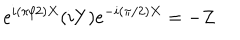
LaTeX: e ^ { i ( { \pi } / { 2 } ) X } ( i Y ) e ^ { - i ( { \pi } / { 2 } ) X } = - Z